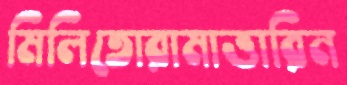
মিলিতোরামাত্তারিন